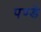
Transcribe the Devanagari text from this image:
पण्डे